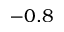
- 0 . 8